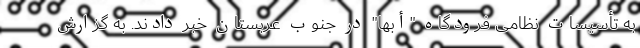
به تأسیسات نظامی فرودگاه "أبها" در جنوب عربستان خبر دادند. به گزارش